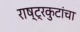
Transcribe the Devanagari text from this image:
राष्ट्रकुटांचा